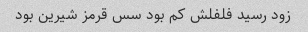
زود رسید فلفلش کم بود سس قرمز شیرین بود